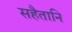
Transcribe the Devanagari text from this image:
सहैतानि